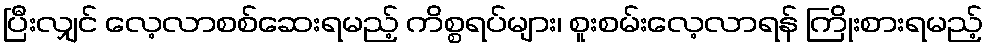
ပြီးလျှင် လေ့လာစစ်ဆေးရမည့် ကိစ္စရပ်များ၊ စူးစမ်းလေ့လာရန် ကြိုးစားရမည့်